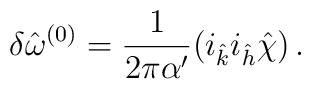
\delta {\hat \omega}^{(0)}=\frac{1}{2\pi\alpha^\prime}(i_{\hat k}i_{\hat h}{\hat \chi})\, .